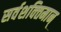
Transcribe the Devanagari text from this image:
सर्वशक्‍तिमान्